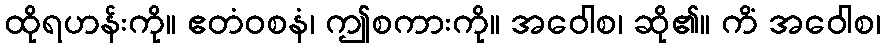
ထိုရဟန်းကို။ ဧတံဝစနံ၊ ဤစကားကို။ အဝေါစ၊ ဆို၏။ ကိံ အဝေါစ၊